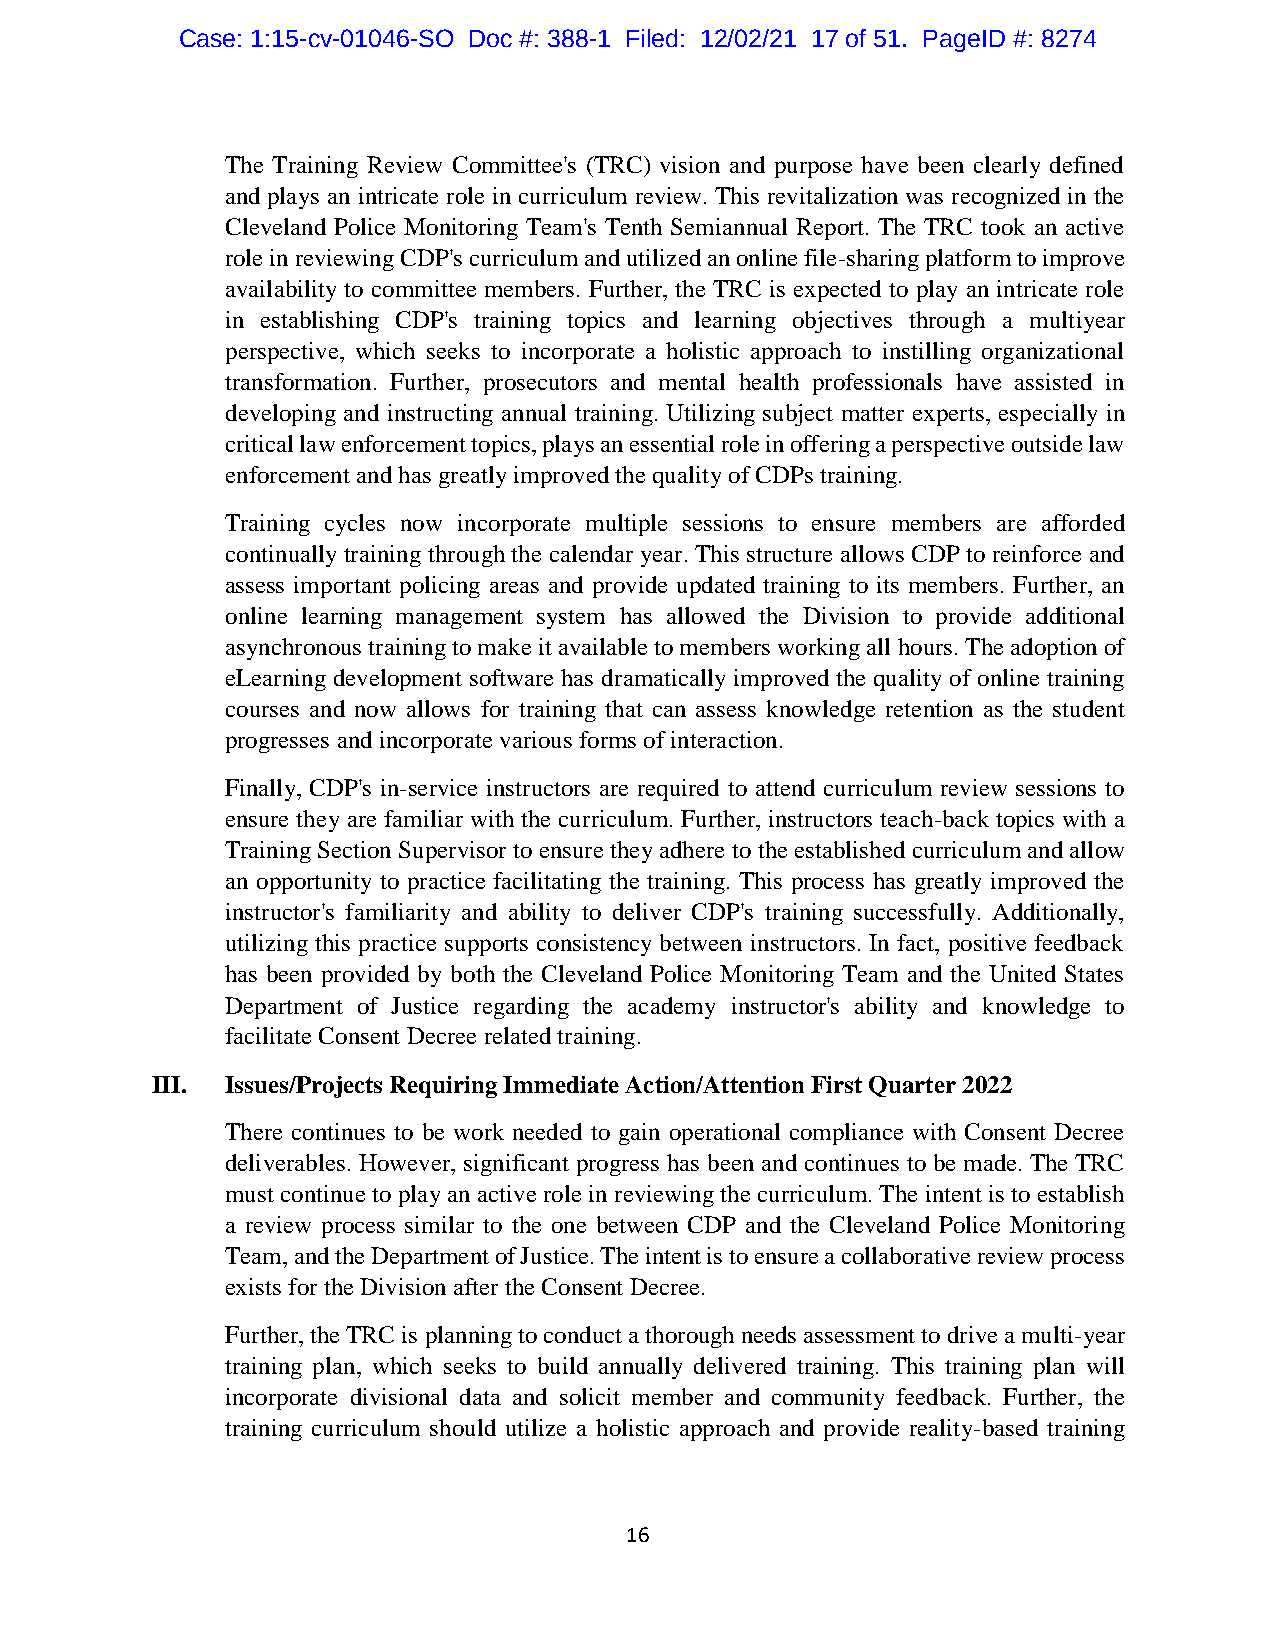
Case: 1:15-cv-01046-SO Doc #: 388-1 Filed: 12/02/21 17 of 51. PageID #: 8274
 The Training Review Committee's (TRC) vision and purpose have been clearly defined
 and plays an intricate role in curriculum review. This revitalization was recognized in the
 Cleveland Police Monitoring Team's Tenth Semiannual Report. The TRC took an active
 role in reviewing CDP's curriculum and utilized an online file-sharing platform to improve
 availability to committee members. Further, the TRC is expected to play an intricate role
 in establishing CDP's training topics and learning objectives through a multiyear
 perspective, which seeks to incorporate a holistic approach to instilling organizational
 transformation. Further, prosecutors and mental health professionals have assisted in
 developing and instructing annual training. Utilizing subject matter experts, especially in
 critical law enforcement topics, plays an essential role in offering a perspective outside law
 enforcement and has greatly improved the quality of CDPs training.
 Training cycles now incorporate multiple sessions to ensure members are afforded
 continually training through the calendar year. This structure allows CDP to reinforce and
 assess important policing areas and provide updated training to its members. Further, an
 online learning management system has allowed the Division to provide additional
 asynchronous training to make it available to members working all hours. The adoption of
 eLearning development software has dramatically improved the quality of online training
 courses and now allows for training that can assess knowledge retention as the student
 progresses and incorporate various forms of interaction.
 Finally, CDP's in-service instructors are required to attend curriculum review sessions to
 ensure they are familiar with the curriculum. Further, instructors teach-back topics with a
 Training Section Supervisor to ensure they adhere to the established curriculum and allow
 an opportunity to practice facilitating the training. This process has greatly improved the
 instructor's familiarity and ability to deliver CDP's training successfully. Additionally,
 utilizing this practice supports consistency between instructors. In fact, positive feedback
 has been provided by both the Cleveland Police Monitoring Team and the United States
 Department of Justice regarding the academy instructor's ability and knowledge to
 facilitate Consent Decree related training.
 III. Issues/Projects Requiring Immediate Action/Attention First Quarter 2022
 There continues to be work needed to gain operational compliance with Consent Decree
 deliverables. However, significant progress has been and continues to be made. The TRC
 must continue to play an active role in reviewing the curriculum. The intent is to establish
 a review process similar to the one between CDP and the Cleveland Police Monitoring
 Team, and the Department of Justice. The intent is to ensure a collaborative review process
 exists for the Division after the Consent Decree.
 Further, the TRC is planning to conduct a thorough needs assessment to drive a multi-year
 training plan, which seeks to build annually delivered training. This training plan will
 incorporate divisional data and solicit member and community feedback. Further, the
 training curriculum should utilize a holistic approach and provide reality-based training
 16